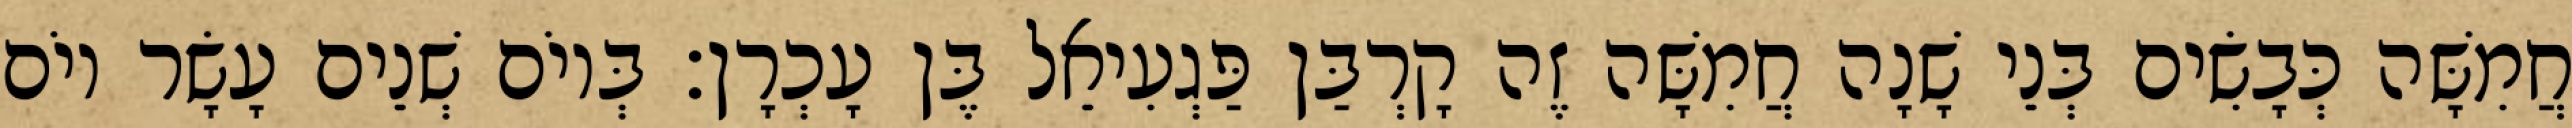
חֲמִשָּׁה כְּבָשִׂים בְּנֵי שָׁנָה חֲמִשָּׁה זֶה קָרְבַּן פַּגְעִיאֵל בֶּן עָכְרָן׃ בְּיוֹם שְׁנֵים עָשָׂר יוֹם